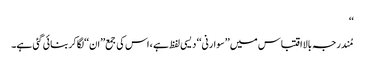
‘‘
مُندرجہ بالااقتباس میں ’’سوارنی‘‘ دیسی لفظ ہے ، اس کی جمع’’ان‘‘لگاکربنائی گئی ہے۔